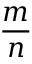
\frac { m } { n }